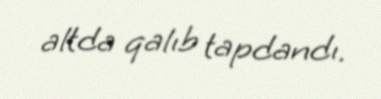
altda qalıb tapdandı.